Leaving Certificate Examination (including Day School Certificate (Higher) General paper), 1926
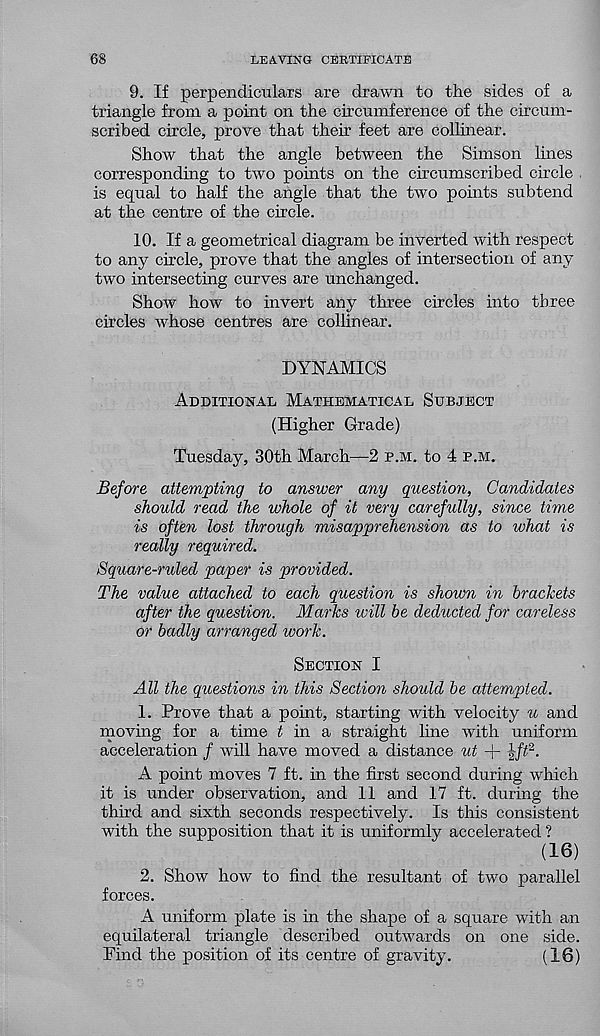
68
LEAVING CERTIEICATE
9. If perpendiculars are drawn to the sides of a
triangle from a point on the circumference of the circum-
scribed circle, prove that their feet are collinear.
Show that the angle between the Simson lines
corresponding to two points on the circumscribed circle
is equal to half the angle that the two points subtend
at the centre of the circle.
10. If a geometrical diagram be inverted with respect
to any circle, prove that the angles of intersection of any
two intersecting curves are unchanged.
Show how to invert any three circles into three
circles whose centres are collinear.
DYNAMICS
Additional Mathematical Subject
(Higher Grade)
Tuesday, 30th March—2 p.m. to 4 p.m.
Before attempting to answer any question, Candidates
should read the whole of it very carefully, since time
is often lost through misapprehension as to what is
really required.
Square-ruled paper is provided.
The value attached to each question is shown in brackets
after the question. Marks will be deducted for careless
or badly arranged work.
Section I
All the questions in this Section should be attempted.
1. Prove that a point, starting with velocity u and
moving for a time i in a straight line with uniform
acceleration / will have moved a distance ut + |-/C.
A point moves 7 ft. in the first second during which
it is under observation, and 11 and 17 ft. during the
third and sixth seconds respectively. Is this consistent
with the supposition that it is uniformly accelerated ?
(16)
2. Show how to find the resultant of two parallel
forces.
A uniform plate is in the shape of a square with an
equilateral triangle described outwards on one side.
Find the position of its centre of gravity.
(16)